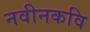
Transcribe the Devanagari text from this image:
नवीनकवि